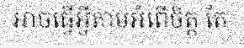
អាចធ្វើអ្វីតាមអំពើចិត្ត តែ